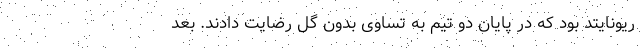
ریونایتد بود که در پایان دو تیم به تساوی بدون گل رضایت دادند. بعد